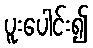
ပူးပေါင်း၍